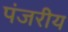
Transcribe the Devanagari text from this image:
पंजरीय